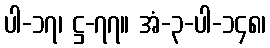
ပါ-၁၇၊ ဋ္ဌ-၇၇။ အံ-၃-ပါ-၁၄၈၊